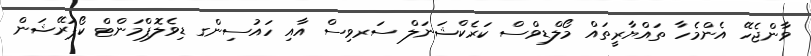
ވާންޖެހޭ އެންމެހާ ތައްޔާރީތައް މޯލްޑިވްސް ކަރެކްޝަނަލް ސަރވިސް އާއި ހައުސިންގ ޑިވެލޮޕްމަންޓް ކޯޕަރޭޝަން